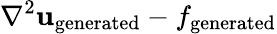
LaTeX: \nabla^{2}\mathbf{u}_{\mathrm{{generated}}}-f_{\mathrm{{generated}}}